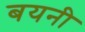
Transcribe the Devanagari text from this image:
बयनी